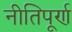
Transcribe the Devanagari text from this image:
नीतिपूर्ण